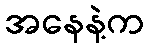
အနေနဲ့က